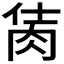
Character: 𦚘